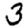
Digit: 3